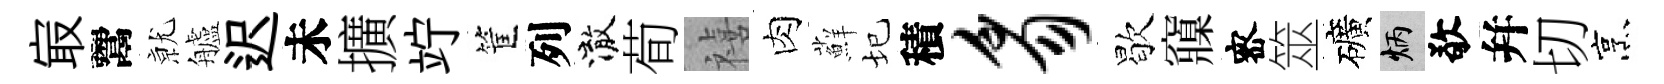
㝡鬻𭕒艫迟未擴竚筐列澈荀禧肉蘚圮積豸歇䆿宻筮礦炳敬幷切烹